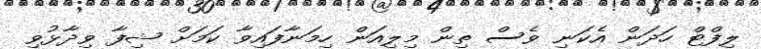
ލިފްޓް ހަދަން އެކަނި ވެސް ތިން މިލިއަން ހިމަނާފައިވާ ކަމަށް ޝިފާ ވިދާޅުވި